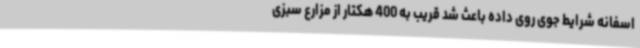
اسفانه شرایط جوی روی داده باعث شد قریب به 400 هکتار از مزارع سبزی